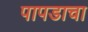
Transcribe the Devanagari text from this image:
पापडाचा